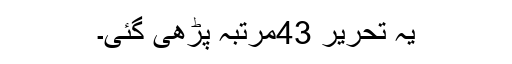
یہ تحریر 43مرتبہ پڑھی گئی۔